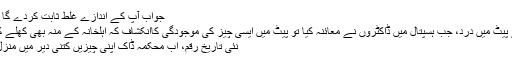
جواب آپ کے اندازے غلط ثابت کردے گا – Urdu Falak
بھارتی خاتون کے پیٹ میں درد، جب ہسپتال میں ڈاکٹروں نے معائنہ کیا تو پیٹ میں ایسی چیز کی موجودگی کاانکشاف کہ اہلخانہ کے منہ بھی کھلے کے کھلے رہ گئے
نئی تاریخ رقم، اب محکمہ ڈاک اپنی چیزیں کتنی دیر میں منزل تک پہنچائے گا؟